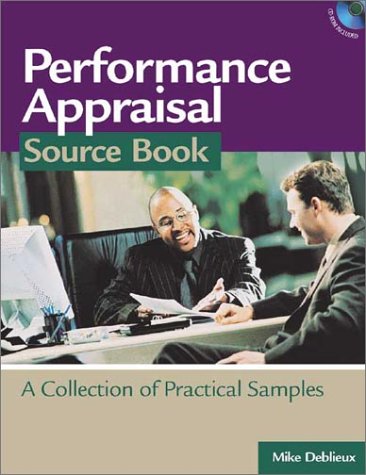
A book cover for Performance Appraisal Source Book: A Collection of Practical Samples; Mike Deblieux; Business & Money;